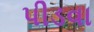
પીડવા